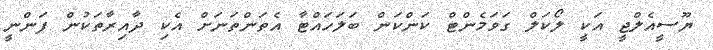
ޔޫސީއެލްޖީ އަކީ ލޯކަލް ގަވަމެންޓް ކަންކަން ބަލަހައްޓާ އެތަންތަނަށް އެކި ދާއިރާތަކުން ފަންނީ